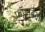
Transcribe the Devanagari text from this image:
फॉलबैक